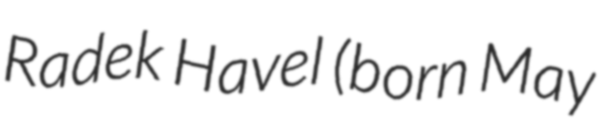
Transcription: Radek Havel (born May